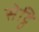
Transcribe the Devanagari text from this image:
सेट्ठि